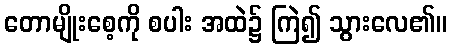
တောမျိုးစေ့ကို စပါး အထဲ၌ ကြဲ၍ သွားလေ၏။